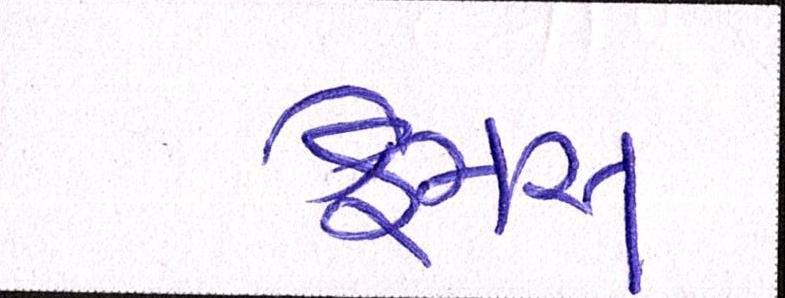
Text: ફેમસ